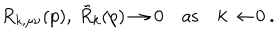
R _ { k , \mu \nu } ( p ) , \: \tilde { R } _ { k } ( p ) \to 0 \quad \mathrm { a s } \quad k \to 0 \: .